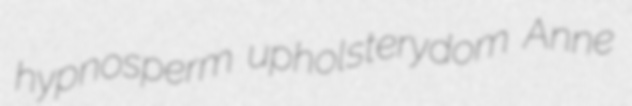
hypnosperm upholsterydom Anne